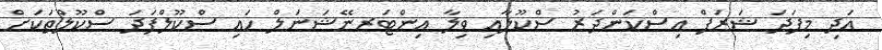
އަދި މިފަދަ ޝަރަފް އިސްކަންދަރު ސްކޫލާއި ވިލާ އިންޓަރނޭޝަނަލް ހައި ސްކޫލްފަދަ ސްކޫލްތަކަށް